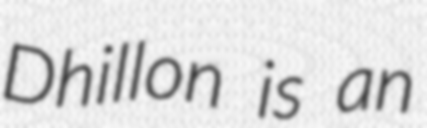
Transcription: Dhillon is an